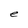
Character: e